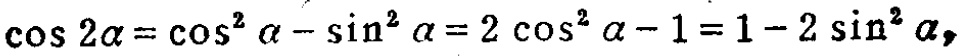
\(\cos 2\alpha=\cos^{2}\alpha - \sin^{2}\alpha=2\cos^{2}\alpha - 1 = 1 - 2\sin^{2}\alpha\)